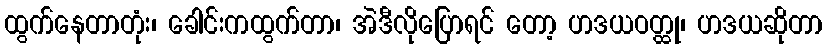
ထွက်နေတာတုံး၊ ခေါင်းကထွက်တာ၊ အဲဒီလိုပြောရင် တော့ ဟဒယဝတ္ထု၊ ဟဒယဆိုတာ